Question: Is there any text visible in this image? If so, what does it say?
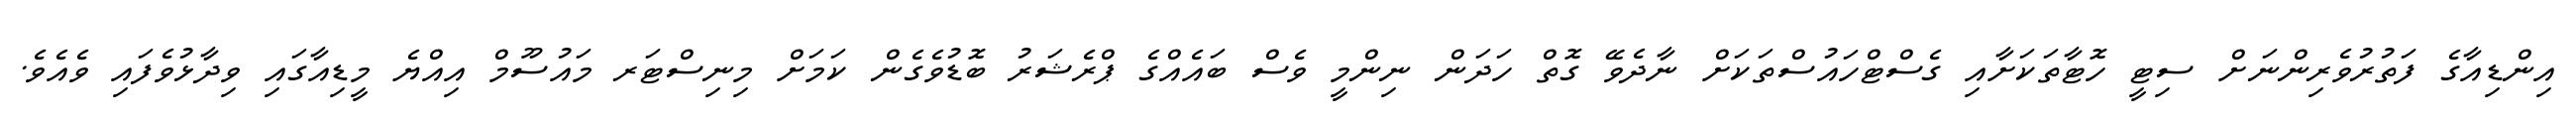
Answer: އިންޑިއާގެ ފަތުރުވެރިންނަށް ސިޓީ ހޮޓާތަކަށާއި ގެސްޓްހައުސްތަކަށް ނާދެވޭ ގޮތް ހަދަން ނިންމީ ވެސް ބައެއްގެ ޕްރެޝަރު ބޮޑުވެގެން ކަމަށް މިނިސްޓަރ މައުސޫމް އިއްޔެ މީޑިއާގައި ވިދާޅުވެފައި ވެއެވެ.